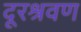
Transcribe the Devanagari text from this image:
दूरश्रवण